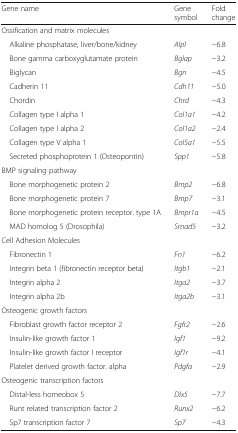
<table><thead><tr><td><b>Gene name</b></td><td><b>Gene symbol</b></td><td><b>Fold change</b></td></tr></thead><tbody><tr><td colspan="3">Ossification and matrix molecules</td></tr><tr><td> Alkaline phosphatase, liver/bone/kidney</td><td><i>Alpl</i></td><td>−6.8</td></tr><tr><td> Bone gamma carboxyglutamate protein</td><td><i>Bglap</i></td><td>−3.2</td></tr><tr><td> Biglycan</td><td><i>Bgn</i></td><td>−4.5</td></tr><tr><td> Cadherin 11</td><td><i>Cdh11</i></td><td>−5.0</td></tr><tr><td> Chordin</td><td><i>Chrd</i></td><td>−4.3</td></tr><tr><td> Collagen type I alpha 1</td><td><i>Col1a1</i></td><td>−4.2</td></tr><tr><td> Collagen type I alpha 2</td><td><i>Col1a2</i></td><td>−2.4</td></tr><tr><td> Collagen type V alpha 1</td><td><i>Col5a1</i></td><td>−5.5</td></tr><tr><td> Secreted phosphoprotein 1 (Osteopontin)</td><td><i>Spp1</i></td><td>−5.8</td></tr><tr><td colspan="3">BMP signaling pathway</td></tr><tr><td> Bone morphogenetic protein 2</td><td><i>Bmp2</i></td><td>−6.8</td></tr><tr><td> Bone morphogenetic protein 7</td><td><i>Bmp7</i></td><td>−3.1</td></tr><tr><td> Bone morphogenetic protein receptor. type 1A</td><td><i>Bmpr1a</i></td><td>−4.5</td></tr><tr><td> MAD homolog 5 (Drosophila)</td><td><i>Smad5</i></td><td>−3.2</td></tr><tr><td colspan="3">Cell Adhesion Molecules</td></tr><tr><td> Fibronectin 1</td><td><i>Fn1</i></td><td>−6.2</td></tr><tr><td> Integrin beta 1 (fibronectin receptor beta)</td><td><i>Itgb1</i></td><td>−2.1</td></tr><tr><td> Integrin alpha 2</td><td><i>Itga2</i></td><td>−3.7</td></tr><tr><td> Integrin alpha 2b</td><td><i>Itga2b</i></td><td>−3.1</td></tr><tr><td colspan="3">Osteogenic growth factors</td></tr><tr><td> Fibroblast growth factor receptor 2</td><td><i>Fgfr2</i></td><td>−2.6</td></tr><tr><td> Insulin-like growth factor 1</td><td><i>Igf1</i></td><td>−9.2</td></tr><tr><td> Insulin-like growth factor I receptor</td><td><i>Igf1r</i></td><td>−4.1</td></tr><tr><td> Platelet derived growth factor. alpha</td><td><i>Pdgfa</i></td><td>−2.9</td></tr><tr><td colspan="3">Osteogenic transcription factors</td></tr><tr><td> Distal-less homeobox 5</td><td><i>Dlx5</i></td><td>−7.7</td></tr><tr><td> Runt related transcription factor 2</td><td><i>Runx2</i></td><td>−6.2</td></tr><tr><td> Sp7 transcription factor 7</td><td><i>Sp7</i></td><td>−4.3</td></tr></tbody></table>